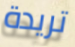
تريدة